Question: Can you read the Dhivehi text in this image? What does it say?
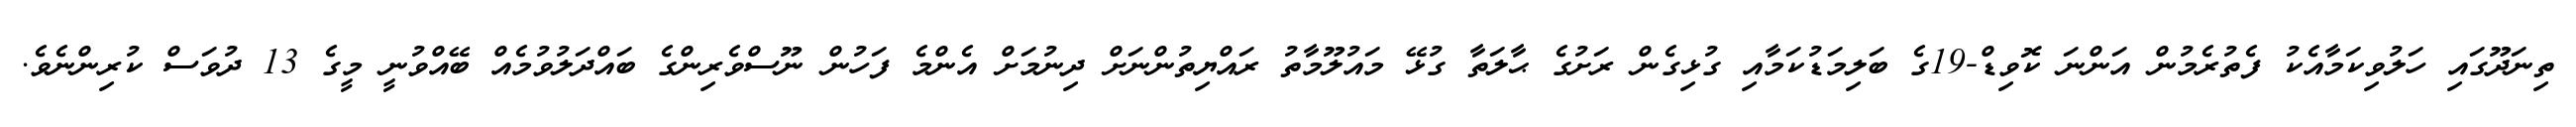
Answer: ތިނަދޫގައި ހަލުވިކަމާއެކު ފެތުރެމުން އަންނަ ކޮވިޑް-19ގެ ބަލިމަޑުކަމާއި ގުޅިގެން ރަށުގެ ޙާލަތާ ގުޅޭ މައުލޫމާތު ރައްޔިތުންނަށް ދިނުމަށް އެންމެ ފަހުން ނޫސްވެރިންގެ ބައްދަލުވުމެއް ބޭއްވުނީ މީގެ 13 ދުވަސް ކުރިންނެވެ.